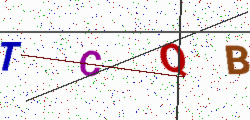
Text: TCQB